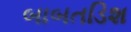
બાબતડિશ